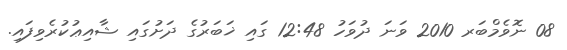
08 ނޮވެމްބަރ 2010 ވަނަ ދުވަހު 12:48 ގައި ޚަބަރުގެ ދަށުގައި ޝާއިޢުކުރެވިފައި.